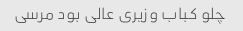
چلو کباب وزیری عالی بود مرسی